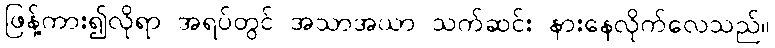
ဖြန့်ကား၍လိုရာ အရပ်တွင် အသာအယာ သက်ဆင်း နားနေလိုက်လေသည်။